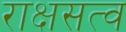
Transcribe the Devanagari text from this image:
राक्षसत्व